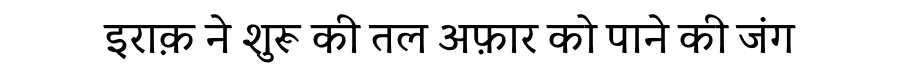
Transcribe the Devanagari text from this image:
इराक़ ने शुरू की तल अफ़ार को पाने की जंग